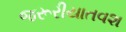
જરૂરીયાતવશ